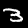
Label: 3